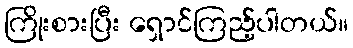
ကြိုးစားပြီး ရှောင်ကြည့်ပါတယ်။